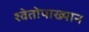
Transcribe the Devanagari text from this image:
श्वेतोपाख्यान